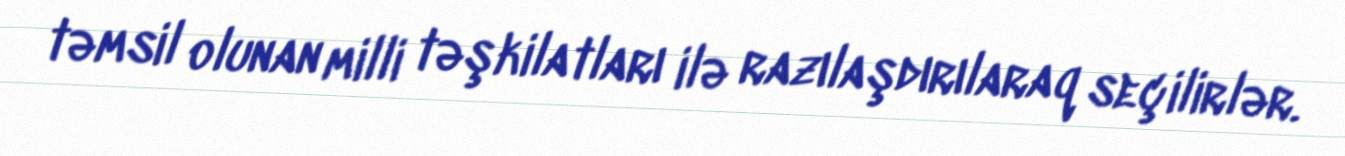
təmsil olunan milli təşkilatları ilə razılaşdırılaraq seçilirlər.